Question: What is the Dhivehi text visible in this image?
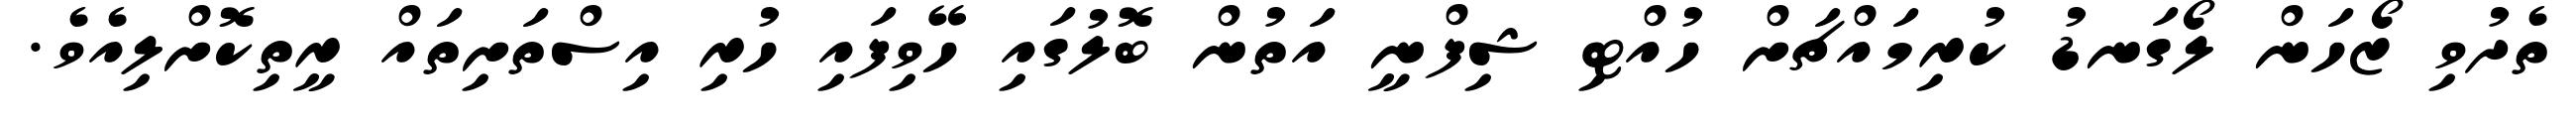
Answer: ތެދުވި ޒޯހަން ލޯގަނޑު ކުރިމައްޗަށް ހުއްޓި ޝިފްނީ އަތުން ބޮލުގައި ހޭވިފައި ހުރި އިސްތަށިތައް ރީތިކޮށްލިއެވެ.